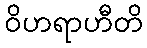
ဝိဟရာဟီတိ